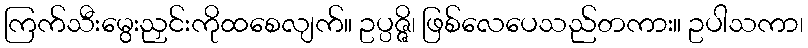
ကြက်သီးမွေးညှင်းကိုထစေလျက်။ ဥပ္ပဇ္ဇိ၊ ဖြစ်လေပေသည်တကား။ ဥပါသကာ၊